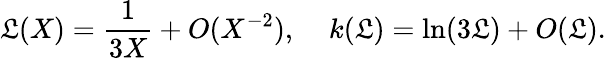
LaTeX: \mathfrak{L}(X)={\frac{{1}}{{3X}}}+O(X^{-2}),\; \; \; \; k(\mathfrak{L})=\ln(3\mathfrak{L})+O(\mathfrak{L}).